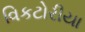
વિકટોરીયા